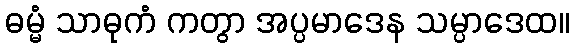
ဓမ္မံ သာဓုကံ ကတွာ အပ္ပမာဒေန သမ္ပာဒေထ။